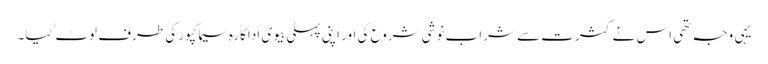
یہی وجہ تھی اس نے کثرت سے شراب نوشی شروع کی اور اپنی پہلی بیوی اداکارہ سیما کپور کی طرف لوٹ گیا۔